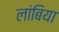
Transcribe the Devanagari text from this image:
लांबिया